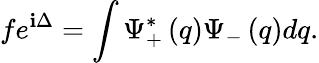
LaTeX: fe^{\mathbf{i}\Delta}=\int\Psi_{+}^{\ast}\left(q\right)\Psi_{-}\left(q\right)dq.